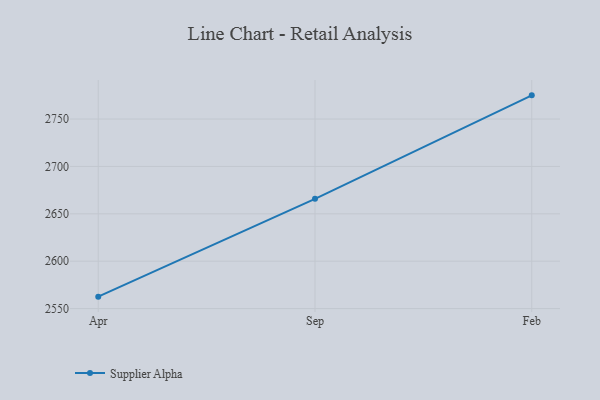
{"axis": {"x": "Month", "y": "Budget (USD K)"}, "legend": ["Supplier Alpha"], "data": [{"x": "Apr", "y": 2562.6, "type": "Supplier Alpha"}, {"x": "Sep", "y": 2665.8, "type": "Supplier Alpha"}, {"x": "Feb", "y": 2775.0, "type": "Supplier Alpha"}]}